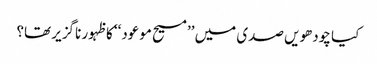
کیا چودھویں صدی میں ’’مسیح موعود‘‘ کا ظہور ناگزیر تھا؟